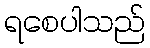
ရစေပါသည်